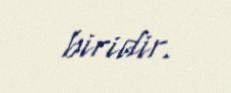
biridir.